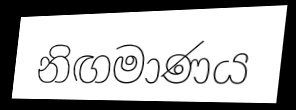
නිඟමාණය